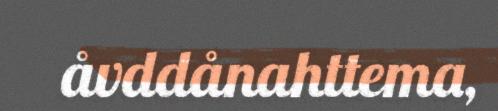
åvddånahttema,